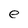
Character: e